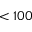
< 1 0 0